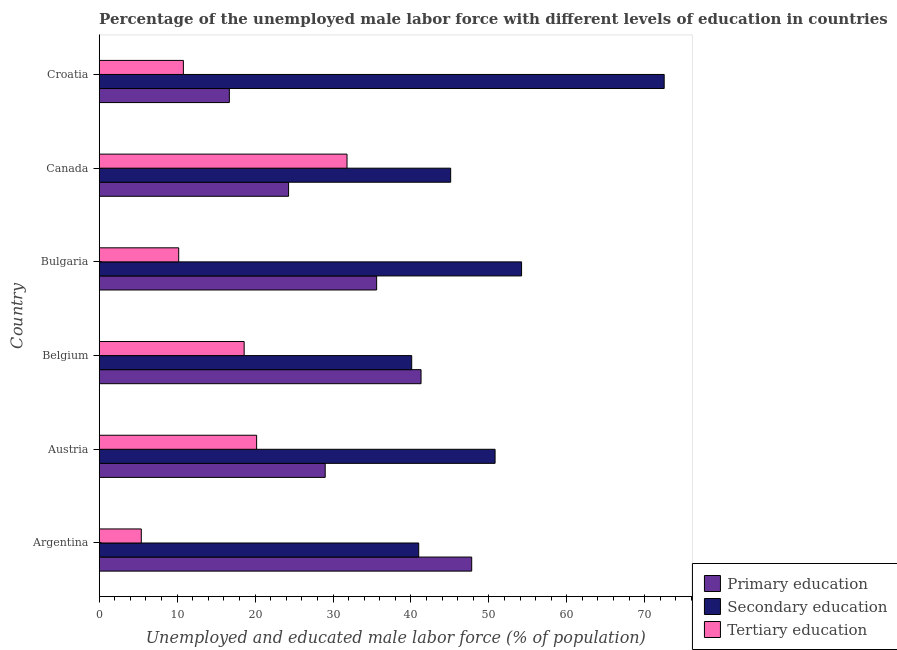
| Country | Primary education | Secondary education | Tertiary education |
 | --- | --- | --- | --- |
 | Argentina | 47.8 | 41 | 5.4 |
 | Austria | 29 | 50.8 | 20.2 |
 | Belgium | 41.3 | 40.1 | 18.6 |
 | Bulgaria | 35.6 | 54.2 | 10.2 |
 | Canada | 24.3 | 45.1 | 31.8 |
 | Croatia | 16.7 | 72.5 | 10.8 |